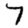
Digit: 7